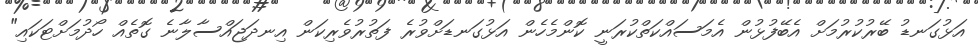
އަޅުގަނޑު ބޭރުކުރުމަށް އެބޭފުޅުން އެމަސައްކަތްކުރަނީ ކޮންމެހެން އަޅުގަނޑަށްވުރެ ފަތުރުވެރިކަން އިނދަޖައްސާލާނެ ގޮތެއް ހޯދުމަށްޓަކައި"